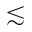
\lesssim